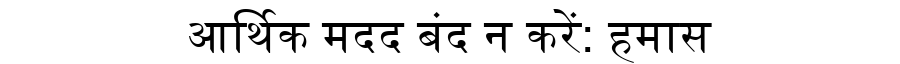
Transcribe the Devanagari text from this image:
आर्थिक मदद बंद न करें: हमास